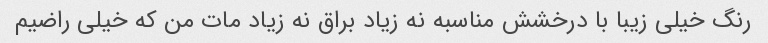
رنگ خیلی زیبا با درخشش مناسبه نه زیاد براق نه زیاد مات من که خیلی راضیم